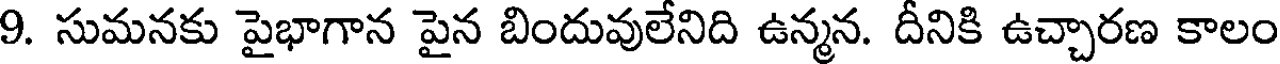
9. సుమనకు పైభాగాన పైన బిందువులేనిది ఉన్మన. దీనికి ఉచ్చారణ కాలం